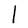
Character: l